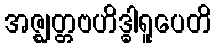
အဇ္ဈတ္တဗဟိဒ္ဓါရူပေတိ